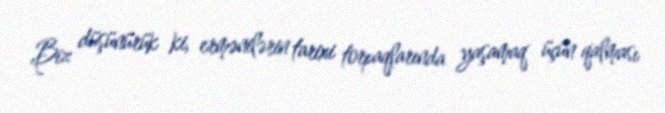
Biz düşünürük ki, ermənilərin tarixi torpaqlarında yaşamaq üçün qalması